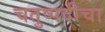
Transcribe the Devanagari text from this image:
चतुष्पदीचा